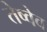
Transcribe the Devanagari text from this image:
तेष्वेव